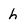
Character: h